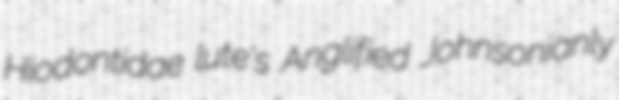
Hiodontidae lute's Anglified Johnsonianly